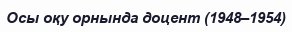
Осы оқу орнында доцент (1948–1954)